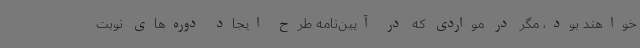
خواهند بود، مگر در مواردی که در آیین‌نامه طرح ایجاد دوره‌های نوبت